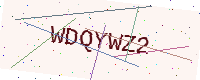
Text: WDQYWZ2